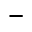
-